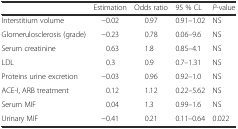
|  | Estimation | Odds ratio | 95 % CL | P-value |
 | --- | --- | --- | --- | --- |
 | Interstitium volume | −0.02 | 0.97 | 0.91–1.02 | NS |
 | Glomerulosclerosis (grade) | −0.23 | 0.78 | 0.06–9.6 | NS |
 | Serum creatinine | 0.63 | 1.8 | 0.85–4.1 | NS |
 | LDL | 0.3 | 0.9 | 0.7–1.31 | NS |
 | Proteins urine excretion | −0.03 | 0.96 | 0.92–1.0 | NS |
 | ACE-I, ARB treatment | 0.12 | 1.12 | 0.22–5.62 | NS |
 | Serum MIF | 0.04 | 1.3 | 0.99–1.6 | NS |
 | Urinary MIF | −0.41 | 0.21 | 0.11–0.64 | 0.022 |